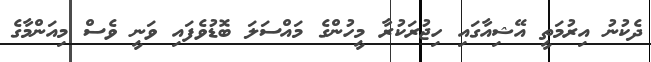
ދެކުނު އިރުމަތީ އޭޝިއާގައި ހިޖުރަކުރާ މީހުންގެ މައްސަަލަ ބޮޑުވެފައި ވަނީ ވެސް މިއަންމާގެ